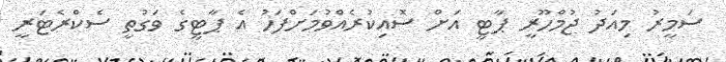
ސަމީރު މިއަދު ޖުމްހޫރީ ޕާޓީ އަށް ސޮއިކުރެއްވުމަށްފަހު އެ ޕާޓީގެ ވަގުތީ ސެކްރެޓަރީ